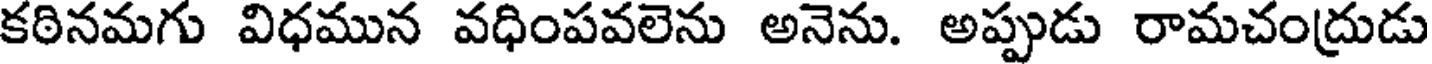
కఠినమగు విధమున వధింపవలెను అనెను. అప్పుడు రామచంద్రుడు